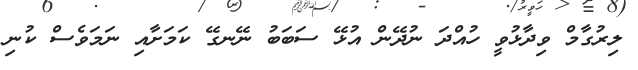
ލިރުގާމް ވިދާޅުވީ ހުއްދަ ނުދޭން އުޅޭ ސަބަބު ނޭނގޭ ކަމަށާއި ނަމަވެސް ކުނި